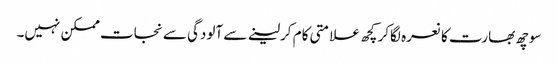
سوچھ بھارت کا نعرہ لگاکر کچھ علامتی کام کرلینے سے آلودگی سے نجات ممکن نہیں۔